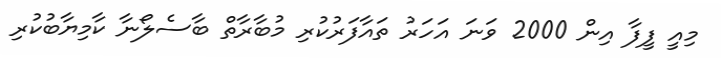
މިއީ ފީފާ އިން 2000 ވަނަ އަހަރު ތައާފަރުކުރި މުބާރާތް ބާސެލޯނާ ކާމިޔާބުކުރި